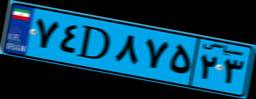
۸۵D۱۷۶۲۸